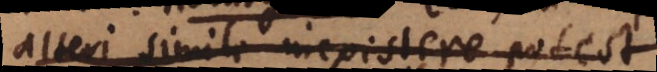
alteri simile inexistere potest